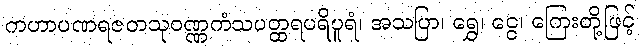
ကဟာပဏရဇတသုဝဏ္ဏကံသပတ္ထရပရိပူရံ၊ အသပြာ၊ ရွှေ၊ ငွေ၊ ကြေးတို့ဖြင့်